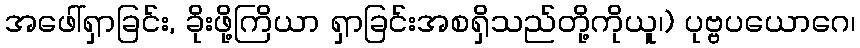
အဖေါ်ရှာခြင်း, ခိုးဖို့ကြိယာ ရှာခြင်းအစရှိသည်တို့ကိုယူ၊) ပုဗ္ဗပယောဂေ၊